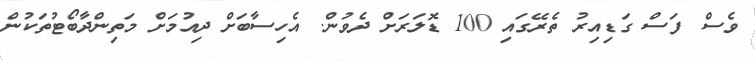
ވެސް ފަސް ގަޑިއިރު ތެރޭގައި 100 ޑޮލަރަށް ދެވުން. އެހިސާބަށް ދިއުމަށް މަތިންދާބޯޓުތަކުން